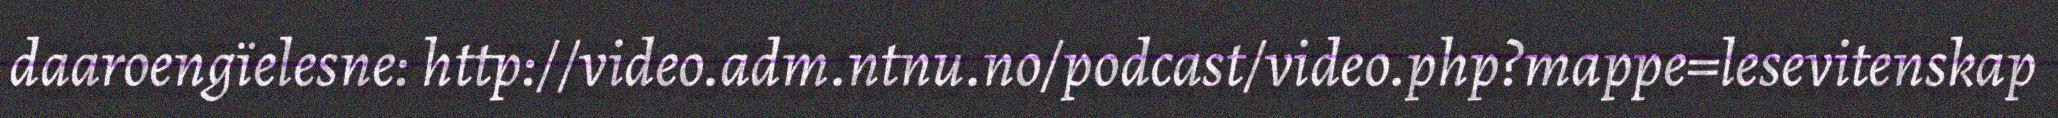
daaroengïelesne: http://video.adm.ntnu.no/podcast/video.php?mappe=lesevitenskap